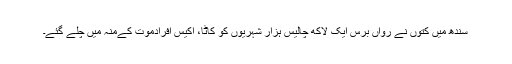
سندھ میں کتوں نے رواں برس ایک لاکھ چالیس ہزار شہریوں کو کاٹا، اکیس افرادموت کےمنہ میں چلے گئے۔